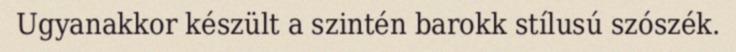
Ugyanakkor készült a szintén barokk stílusú szószék.